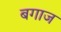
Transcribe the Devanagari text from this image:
बगाज